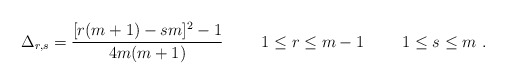
\begin{align*}\Delta_{r,s} = { [r(m+1) -s m ]^2 -1 \over 4 m (m+1)} \ \qquad1 \leq r \leq m-1 \ \qquad 1 \leq s \leq m \ .\end{align*}